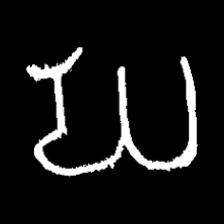
Pyu character \u2014 Myanmar letter: ဃ (romanized: gha)